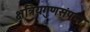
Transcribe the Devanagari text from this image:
क्षत्रियगुणसंपन्न